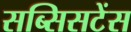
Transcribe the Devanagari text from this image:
सब्सिसटेंस